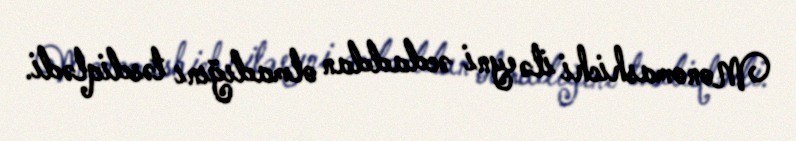
Monomashichi ilə eyni əcdaddan olmadığını təsdiqlədi.